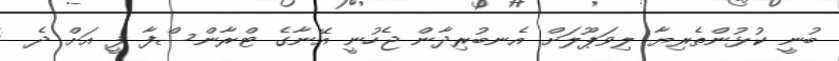
ބުނީ ކުޅުންތެރިޔާ ލިވަޕޫލަށް އެނބުރިދާން ޖެހުނީ އޭނާގެ ޓްރާންސްފާ ފީ އަށް ދެ